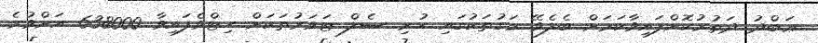
ޢަބްދު ދަތުރުކޮށްފައިވާކަމަށް ބެލެވޭ މަގުތަކުގައި ހުރި ސެލް ޓަވަރުތަކަށް ހިޓްވެފައިވާ 638000 އަށްވުރެ